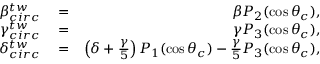
\begin{array} { r l r } { \beta _ { c i r c } ^ { t w } } & { { } = } & { \beta P _ { 2 } ( \cos \theta _ { c } ) , } \\ { \gamma _ { c i r c } ^ { t w } } & { { } = } & { \gamma P _ { 3 } ( \cos \theta _ { c } ) , } \\ { \delta _ { c i r c } ^ { t w } } & { { } = } & { \left( \delta + \frac { \gamma } { 5 } \right) P _ { 1 } ( \cos \theta _ { c } ) - \frac { \gamma } { 5 } P _ { 3 } ( \cos \theta _ { c } ) , } \end{array}